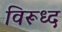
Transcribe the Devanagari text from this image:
विरूध्‍द